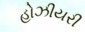
હોઝીયરી